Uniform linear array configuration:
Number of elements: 24
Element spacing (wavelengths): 0.5
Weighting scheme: uniform
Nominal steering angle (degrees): -45
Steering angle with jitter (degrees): -43.553
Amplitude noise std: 0.05
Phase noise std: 0.05

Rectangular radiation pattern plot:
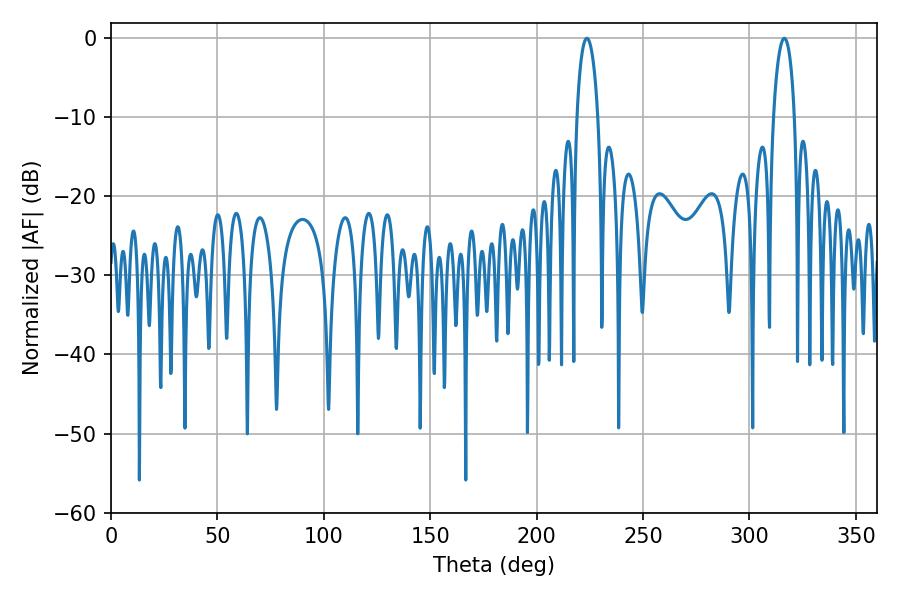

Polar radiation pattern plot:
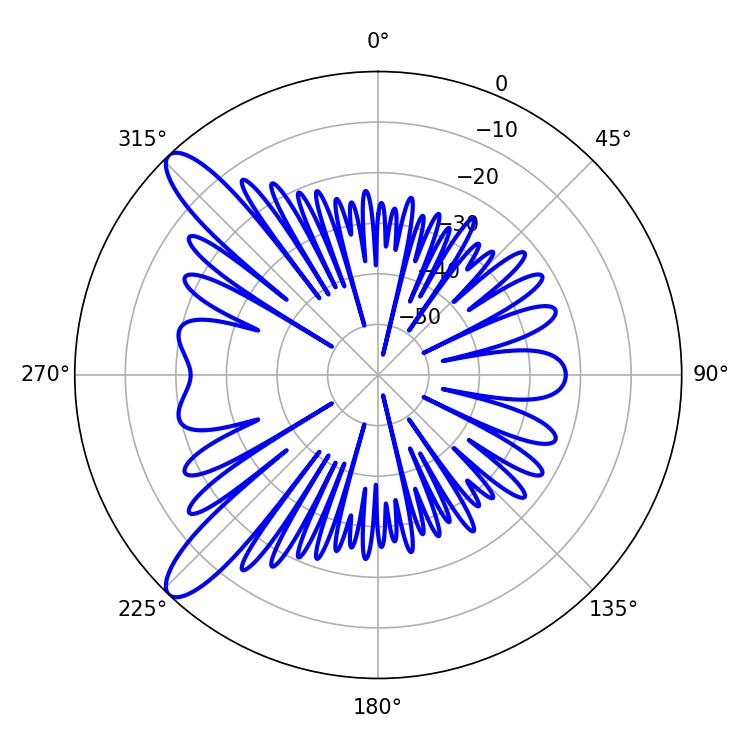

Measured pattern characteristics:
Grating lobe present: FALSE
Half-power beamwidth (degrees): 5.58
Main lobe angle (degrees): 223.56